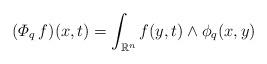
LaTeX: \begin{align*} (\varPhi _q \, f) (x,t) =\int_{{\mathbb R}^n} f (y,t) \wedge \phi_q (x,y)\end{align*}